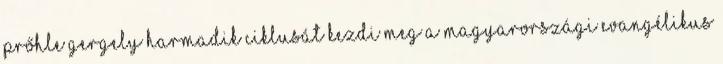
Prőhle Gergely harmadik ciklusát kezdi meg a Magyarországi Evangélikus